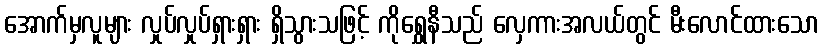
အောက်မှလူများ လှုပ်လှုပ်ရှားရှား ရှိသွားသဖြင့် ကိုရွှေနီသည် လှေကားအလယ်တွင် မီးလောင်ထားသော